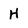
Character: H